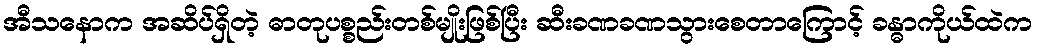
အီသနောက အဆိပ်ရှိတဲ့ ဓာတုပစ္စည်းတစ်မျိုးဖြစ်ပြီး ဆီးခဏခဏသွားစေတာကြောင့် ခန္ဓာကိုယ်ထဲက